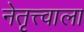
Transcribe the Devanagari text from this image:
नेतृत्त्वाला